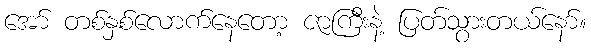
အော် တစ်နှစ်လောက်နေတော့ ဇာကြီးနဲ့ ပြတ်သွားတယ်နော်။